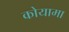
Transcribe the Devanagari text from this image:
कोयामा